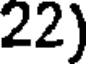
22)